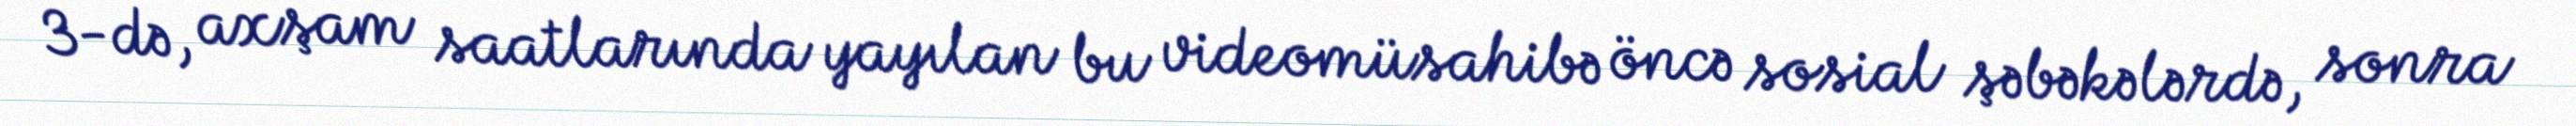
3-də, axşam saatlarında yayılan bu videomüsahibə öncə sosial şəbəkələrdə, sonra